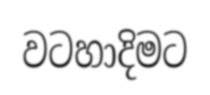
වටහාදිමට